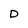
Character: D